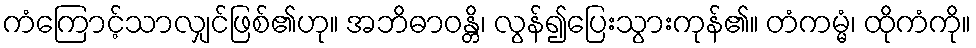
ကံကြောင့်သာလျှင်ဖြစ်၏ဟု။ အဘိဓာဝန္တိ၊ လွန်၍ပြေးသွားကုန်၏။ တံကမ္မံ၊ ထိုကံကို။